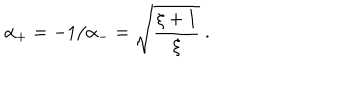
\alpha _ { + } = - 1 / \alpha _ { - } = \sqrt { \frac { \xi + 1 } { \xi } } \ .